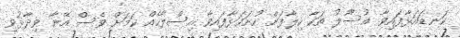
ކަނޑައަޅާފައިވާ އުސޫލު ތަކާ ހިލާފަށް ހުށަހަޅާފައިވާ އިސްލާހެއް ކަމަށް ވެސް އޭނާ ވިދާޅުވި